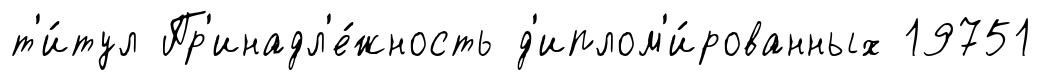
т'и́тул Пр'инадл'е́жность д'иплом'и́рованных 19751